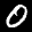
Label: 0